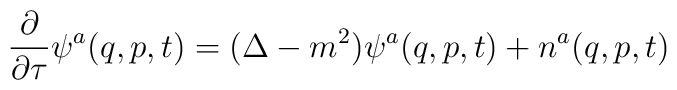
\frac{\partial }{\partial \tau}\psi^a(q,p,t)=(\Delta-m^2)\psi^a(q,p,t) +n^a(q,p,t)